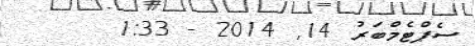
ސެޕްޓެމްބަރު 14